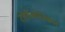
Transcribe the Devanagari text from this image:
टोपोलोजिकल